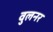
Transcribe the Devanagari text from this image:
वुलनर